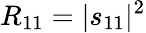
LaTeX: R_{11}=|s_{11}|^{2}